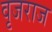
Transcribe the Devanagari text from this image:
वृजराज